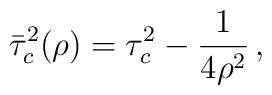
\bar \tau^2_c(\rho)=\tau ^2_c-\frac{1}{4\rho^2}\,{,}